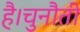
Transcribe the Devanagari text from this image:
है।चुनौती